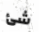
شئ